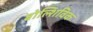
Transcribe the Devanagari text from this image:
बोल्शिविक